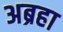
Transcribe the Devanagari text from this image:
अब्रहा